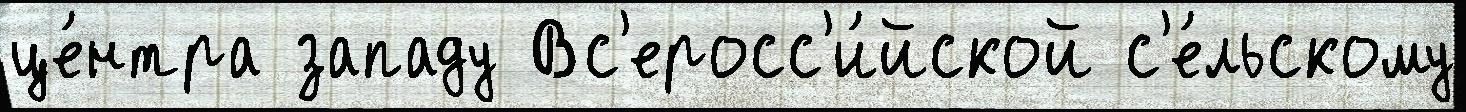
це́нтра западу Вс'еросс'и́йской с'е́льскому